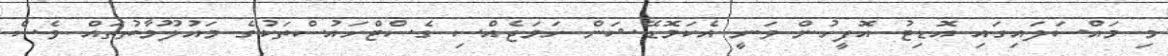
މި މައްސަލައިގައި އޮޑިޓު އޮފީހުން ވަނީ އެކަމޮޑޭޝަން ހަމަޖެއްސި ގެސްޓްހައުސްތަކުގެ މައުލޫމާތުތައް ވެސް